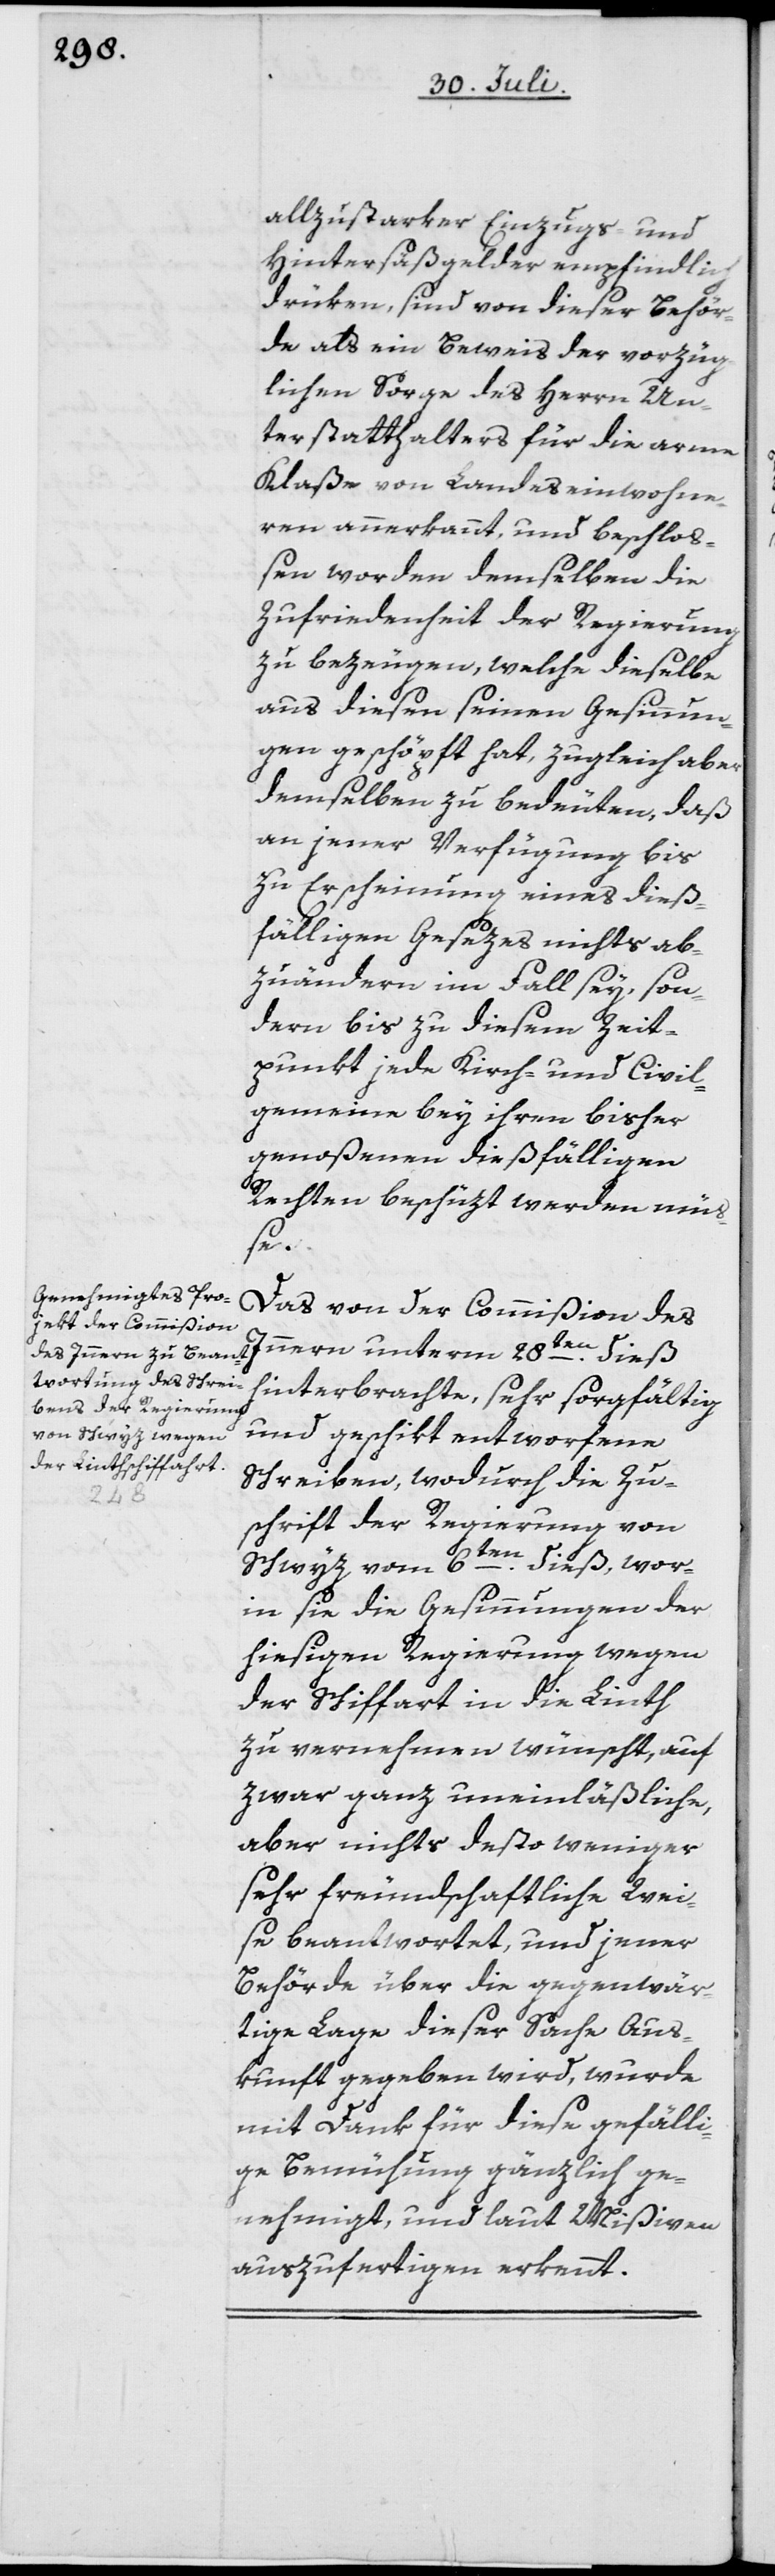
allzustarker Einzugs- und
Hintersäßgelder empfindlich
drüken, sind von dieser Behör¬
de als ein Beweis der vorzüg¬
lichen Sorge des Herrn Un¬
terstatthalters für die arme
Klaße von Landeseinwohne¬
ren anerkannt, und beschloß¬
en worden demselben die
Zufriedenheit der Regierung
zu bezeugen, welche dieselbe
aus diesen seinen Gesinnun¬
gen geschöpft hat, zugleich aber
demselben zu bedeuten, daß
an jener Verfügung bis
zu Erscheinung eines dieß¬
fälligen Gesezes nichts ab¬
zuändern im Fall sey, son¬
dern bis zu diesem Zeit¬
punkt jede Kirch- und Civil¬
gemeine bey ihren bisher
genoßenen dießfälligen
Rechten beschüzt werden mü¬
ße.
Das von der Commißion des
hinterbrachte, sehr sorgfältig
und geschikt entworfene
Schreiben, wodurch die Zu¬
schrift der Regierung von
Schwyz vom 6ten dieß, wor¬
in sie die Gesinnungen der
hiesigen Regierung wegen
der Schiffart in die Linth
zu vernehmen wünscht, auf
zwar ganz uneinläßliche,
aber nichts desto weniger
sehr freundschaftliche Wei¬
se beantwortet, und jener
Behörde über die gegenwär¬
tige Lage dieser Sache Aus¬
kunft gegeben wird, wurde
mit Dank für diese gefälli¬
ge Bemühung gänzlich ge¬
nehmigt, und laut Mißiven
auszufertigen erkennt.